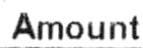
AMOUNT